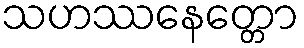
သဟဿနေတ္တော